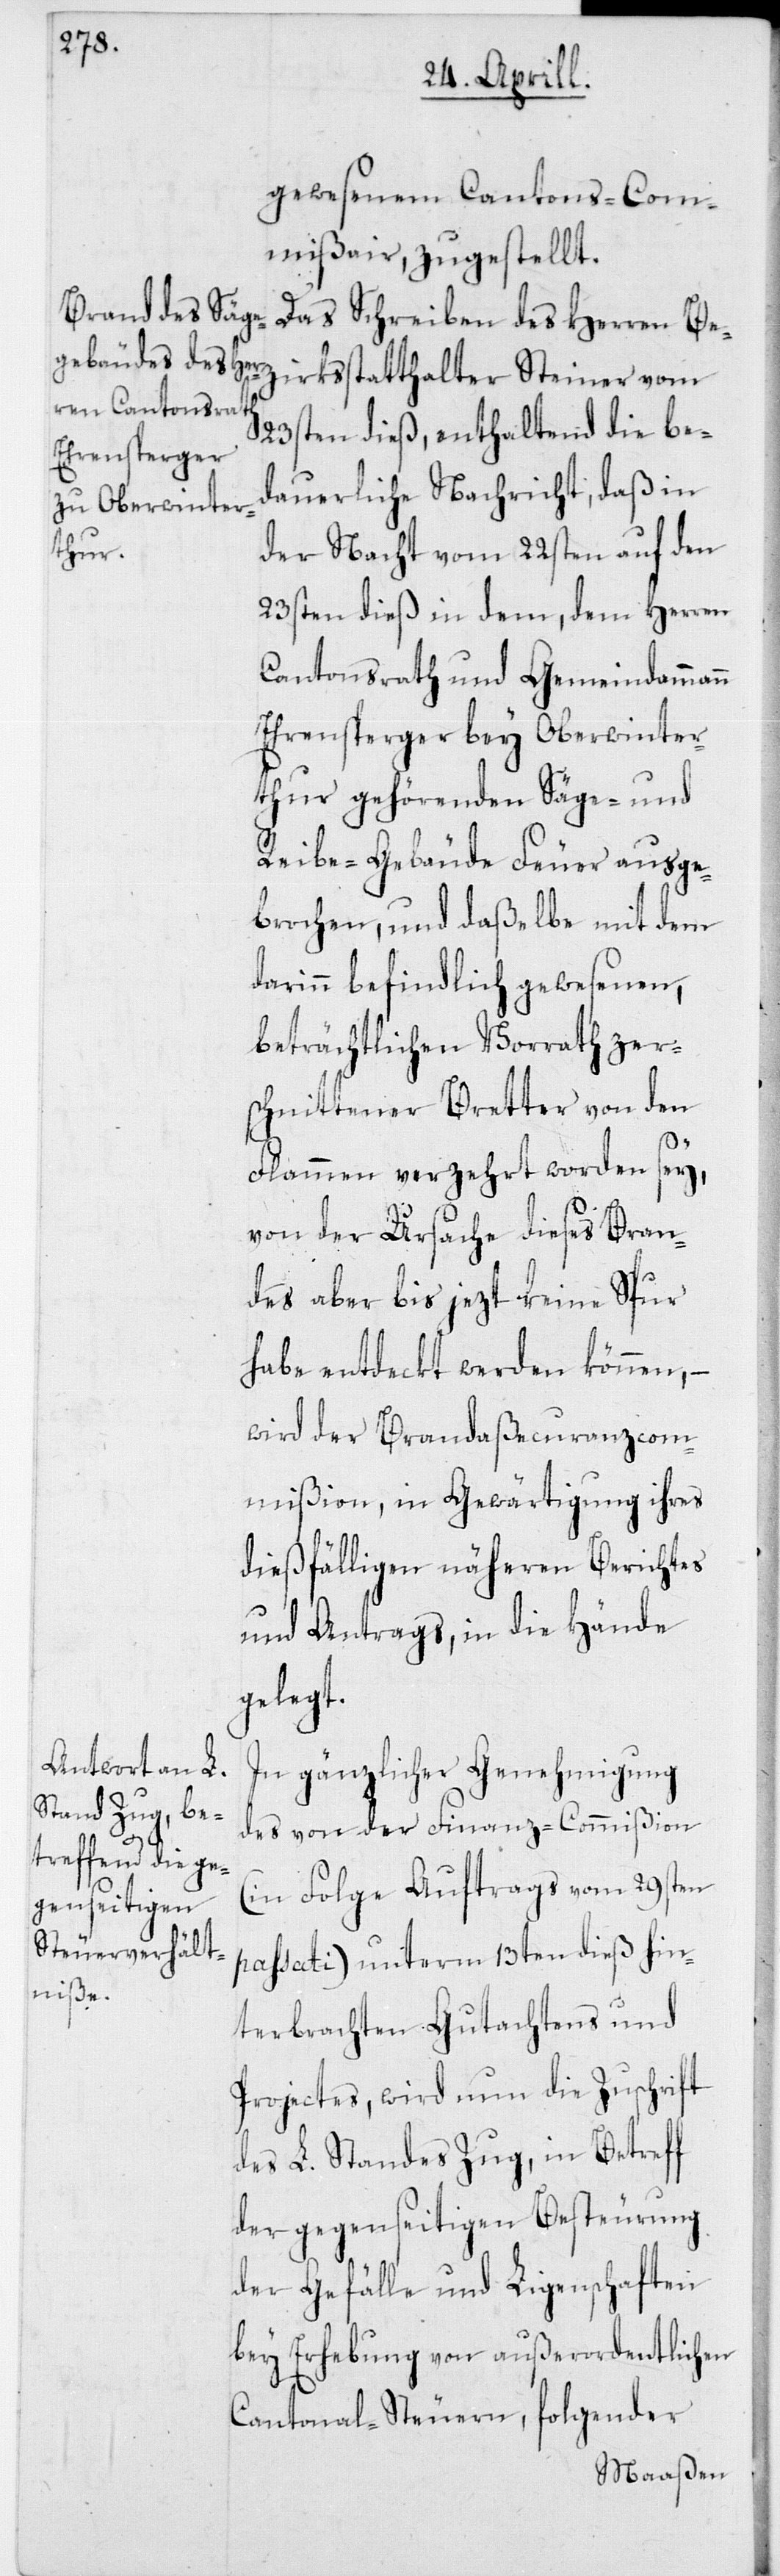
gewesenem Cantons-Com¬
mißair, zugestellt.
Das Schreiben des Herren
23sten dieß, enthaltend die be¬
dauerliche Nachricht, daß in
der Nacht vom 22sten auf den
23sten dieß in dem, dem Herren
Cantonsrath und Gemeindammann
Ehrensperger bey Oberwinter¬
thur gehörenden Säge- und
Reibe-Gebäude Feuer ausge¬
brochen, und daßelbe mit dem
darinn befindlich gewesenen,
beträchtlichen Vorrath zer¬
schnittener Bretter von den
Flammen verzehrt worden sey,
von der Ursache dieses Bran¬
des aber bis jezt keine Spur
habe entdeckt werden können, –
wird der Brandaßecuranzcom¬
mißion, in Gewärtigung ihres
dießfälligen näheren Berichtes
und Antrags, in die Hände
gelegt.
In gänzlicher Genehmigung
des von der Finanz-Commißion
(in Folge Auftrags vom 29sten
passati) unterm 13ten dieß hin¬
terbrachten Gutachtens und
Projectes, wird nun die Zuschrift
des L. Standes Zug, in Betreff
der gegenseitigen Besteurung
der Gefälle und Ligenschaften
bey Erhebung von außerordentlichen
Cantonal-Steuern, folgender